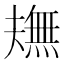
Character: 𤏠